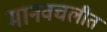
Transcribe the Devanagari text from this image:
मानवचलीत